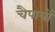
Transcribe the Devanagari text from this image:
चैपायों